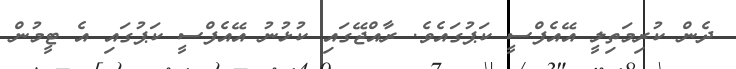
ދެން ކުރިމަތިލީ އޭއެފްސީ ކަޕުގައެވެ. ރާއްޖޭގައި ކުޅުނު އޭއެފްސީ ކަޕުގައި އެ ޓީމުން